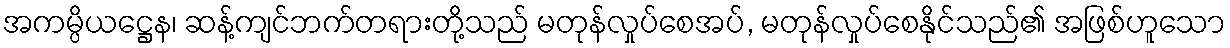
အကမ္ပိယဋ္ဌေန၊ ဆန့်ကျင်ဘက်တရားတို့သည် မတုန်လှုပ်စေအပ်, မတုန်လှုပ်စေနိုင်သည်၏ အဖြစ်ဟူသော